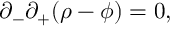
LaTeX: \partial _ { - } \partial _ { + } ( \rho - \phi ) = 0 ,